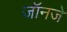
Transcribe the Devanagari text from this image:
जॉनजे